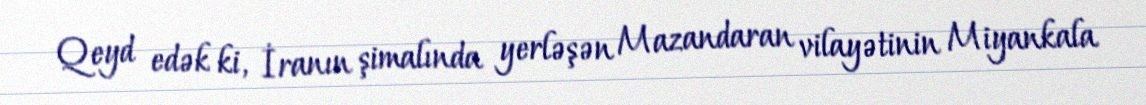
Qeyd edək ki, İranın şimalında yerləşən Mazandaran vilayətinin Miyankala